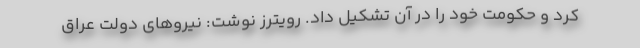
کرد و حکومت خود را در آن تشکیل داد. رویترز نوشت: نیروهای دولت عراق